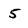
Character: 5